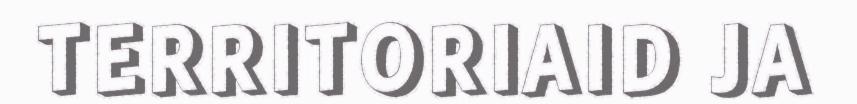
TERRITORIAID JA